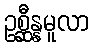
ဥစ္ဆီန္နမူလာ